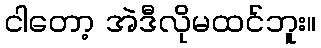
ငါတော့ အဲဒီလိုမထင်ဘူး။